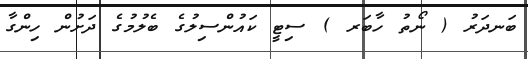
ބަނދަރު ( ނޯތު ހާބަރ ) ސިޓީ ކައުންސިލުގެ ބެލުމުގެ ދަށުން ހިންގާ